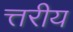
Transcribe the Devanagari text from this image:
त्तरीय